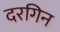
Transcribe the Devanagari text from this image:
दरगिन